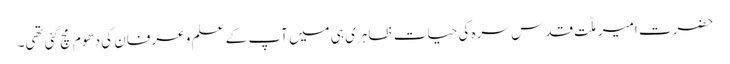
حضرت امیر ملّت قدس سرہ کی حیات ظاہری ہی میں آپ کے علم و عرفان کی دھوم مچ گئی تھی۔